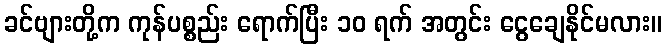
ခင်ဗျားတို့က ကုန်ပစ္စည်း ရောက်ပြီး ၁၀ ရက် အတွင်း ငွေချေနိုင်မလား။